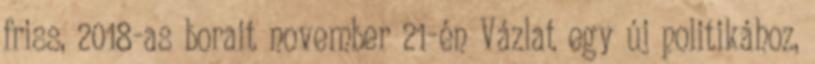
friss, 2018-as borait november 21-én Vázlat egy új politikához,